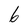
Character: 6